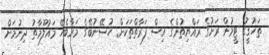
ތަހުގީގު ޓީމުން ރަށުގެ ރައްޔިތުންގެ އިސް ފަރާތްތަކަށް